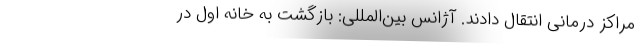
مراکز درمانی انتقال دادند. آژانس بین‌المللی: بازگشت به خانه اول در